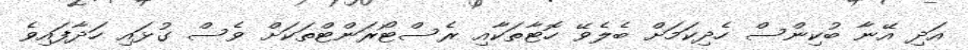
އަދި އޭނާ ބުކިންސް ހެދިކަމަށް ބެލެވޭ ހޮޓާތަކާއި ރެސްޓޯރަންޓްތަކަށް ވެސް ގުޅައި ހަދާފައިވެ